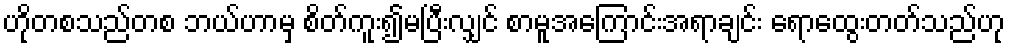
ဟိုတစသည်တစ ဘယ်ဟာမှ စိတ်ကူး၍မပြီးလျှင် စာမူအကြောင်းအရာချင်း ရောထွေးတတ်သည်ဟု